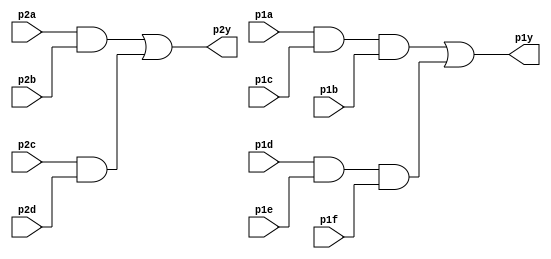
module top_module ( 
    input p1a, p1b, p1c, p1d, p1e, p1f,
    output p1y,
    input p2a, p2b, p2c, p2d,
    output p2y );

    wire w1, w2, w3, w4;
    
    and(w1, p2a, p2b);
    and(w2, p2c, p2d);
    or(p2y, w1,w2);
    
    and(w3, p1a, p1c, p1b);
    and(w4, p1d, p1e, p1f);
    or(p1y, w3, w4);

endmodule